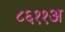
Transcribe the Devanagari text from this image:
८६११अ